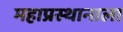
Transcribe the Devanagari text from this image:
महाप्रस्थानाला